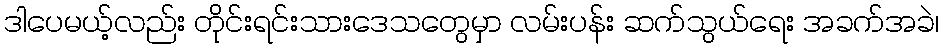
ဒါပေမယ့်လည်း တိုင်းရင်းသားဒေသတွေမှာ လမ်းပန်း ဆက်သွယ်ရေး အခက်အခဲ၊